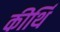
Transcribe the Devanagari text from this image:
कीर्थि